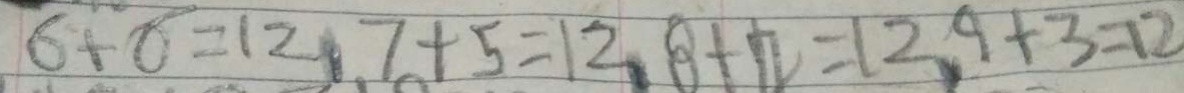
6 + 6 = 1 2 , 7 + 5 = 1 2 , 8 + 4 = 1 2 , 9 + 3 = 1 2